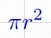
\pi r^2